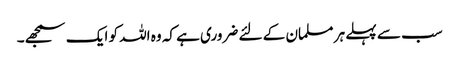
سب سے پہلے ہر مسلمان کے لئے ضروری ہے کہ وہ اللہ کو ایک سمجھے۔